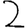
Digit: 2